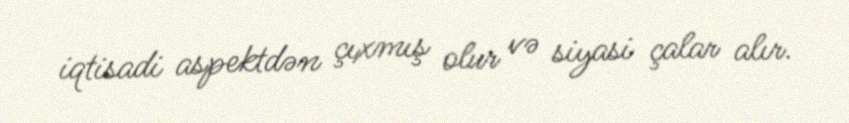
iqtisadi aspektdən çıxmış olur və siyasi çalar alır.